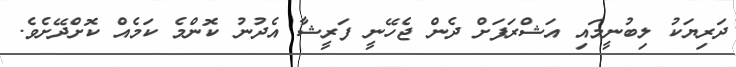
ދަރިޔަކު ލިބުނީމައި އަޝްރަފަށް ދެން ޖެހޭނީ ފަރީޝާ އެދުނު ކޮންމެ ކަމެއް ކޮށްދޭށެވެ.